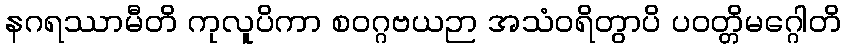
နဂရဿာမီတိ ကုလူပိကာ စဝဂ္ဂဗယဉာ အသံဝရိတွာပိ ပဝတ္တိမဂ္ဂေါတိ